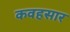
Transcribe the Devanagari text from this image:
कवहसार